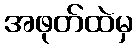
အဖုတ်ထဲမှ